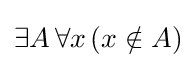
\exists A\,\forall x\,(x\notin A)